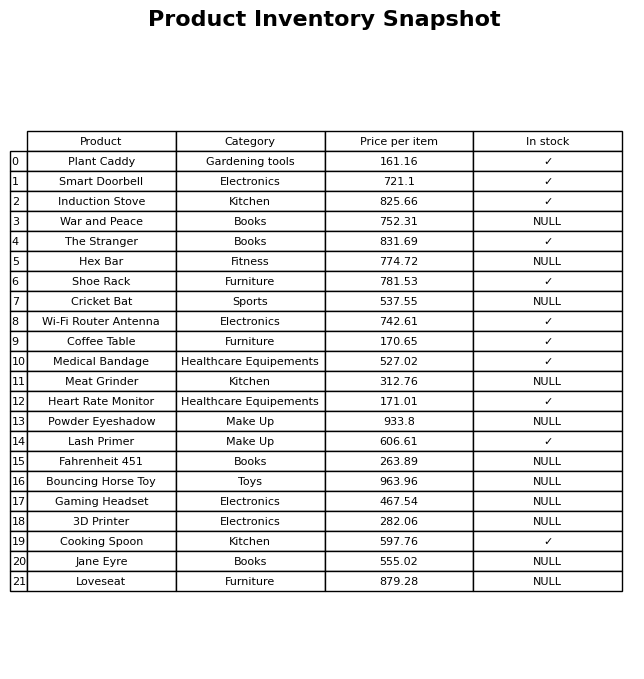
question: What is the price of the Cricket Bat?
answer: The price of Cricket Bat is 537.55.